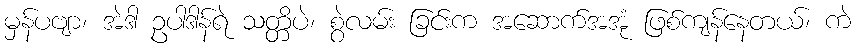
မှန်ပဗျာ၊ အဲဒါ ဥပါဒါန်ရဲ သတ္တိပဲ၊ စွဲလမ်း ခြင်းက အဆောက်အအုံ ဖြစ်ကျန်နေတယ်၊ ကဲ